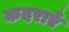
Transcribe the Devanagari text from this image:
कदराएँ